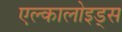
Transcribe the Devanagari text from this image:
एल्कालोइड्स